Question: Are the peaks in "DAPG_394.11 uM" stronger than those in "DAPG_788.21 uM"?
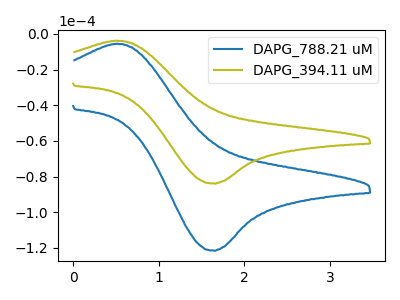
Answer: <think>The blue curve "DAPG_788.21 uM" has an anodic peak at (0.50V, -5.50uA) and a cathodic peak at (1.65V, -121.55uA). The olive curve "DAPG_394.11 uM" has an anodic peak at (0.50V, -3.80uA) and a cathodic peak at (1.65V, -83.90uA).</think>
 <answer>The peaks in "DAPG_394.11 uM" are neither all higher or all lower than the peaks in "DAPG_788.21 uM".</answer>
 <eval>mixed</eval>